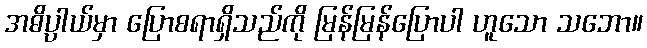
အဓိပ္ပာယ်မှာ ပြောစရာရှိသည်ကို မြန်မြန်ပြောပါ ဟူသော သဘော။